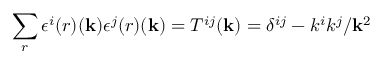
\sum _ { r } \epsilon ^ { i } { ( r ) } ( { \bf k } ) \epsilon ^ { j } { ( r ) } ( { \bf k } ) = T ^ { i j } ( { \bf k } ) = \delta ^ { i j } - k ^ { i } k ^ { j } / { \bf k } ^ { 2 }